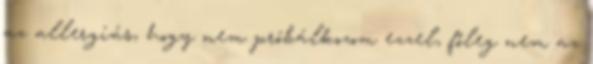
az allergiás, hogy nem próbálkozom ezzel, főleg nem az